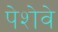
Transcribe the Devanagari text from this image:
पेशेवे